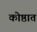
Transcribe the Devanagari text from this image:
कोष्ठात